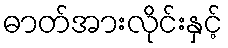
ဓာတ်အားလိုင်းနှင့်